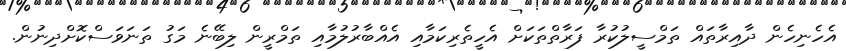
އެހެނިހެން ދާއިރާތައް ތަމްސީލުކުރާ ފަރާތްތަކަށް އެހީތެރިކަމާއި އެއްބާރުލުމާއި ތަމްރީން ލިބޭނެ މަގު ތަނަވަސްކޮށްދިނުން.